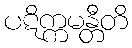
ပဋိက္ကမန္တီတိ